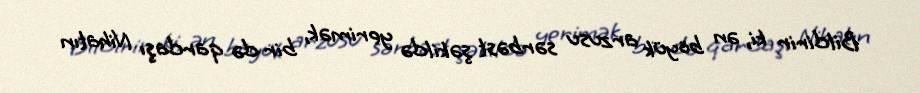
Bildirir ki, ən böyük arzusu sərbəst şəkildə yerimək, bir də qardaşı Nihatın